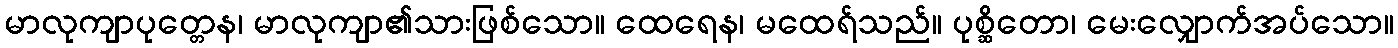
မာလုကျာပုတ္တေန၊ မာလုကျာ၏သားဖြစ်သော။ ထေရေန၊ မထေရ်သည်။ ပုစ္ဆိတော၊ မေးလျှောက်အပ်သော။